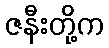
ဇနီးတို့က